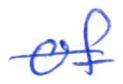
Text: of
Cross-out: single-line
Writing tool: ballpoint